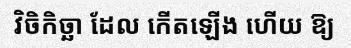
វិចិកិច្ឆា ដែល កើតឡើង ហើយ ឱ្យ